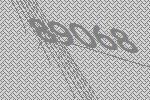
89068